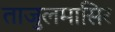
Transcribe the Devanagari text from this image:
ताजुलमासिर